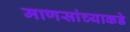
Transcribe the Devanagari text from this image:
माणसांच्याकडे